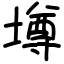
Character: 墫